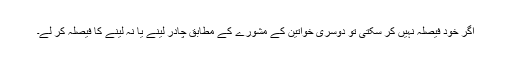
اگر خود فیصلہ نہیں کر سکتی تو دوسری خواتین کے مشورے کے مطابق چادر لینے یا نہ لینے کا فیصلہ کر لے۔